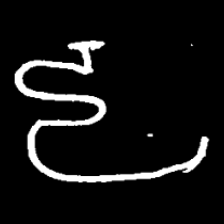
Pyu character \u2014 Myanmar letter: ဠ (romanized: lla)